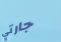
جارتي